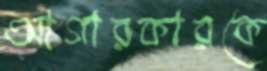
আগারকারকে